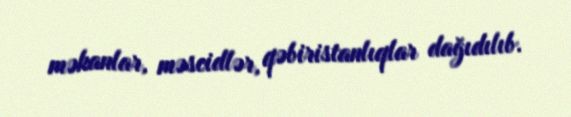
məkanlar, məscidlər, qəbiristanlıqlar dağıdılıb.